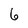
Character: 6